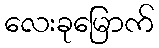
လေးခုမြောက်